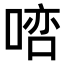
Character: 𠸠